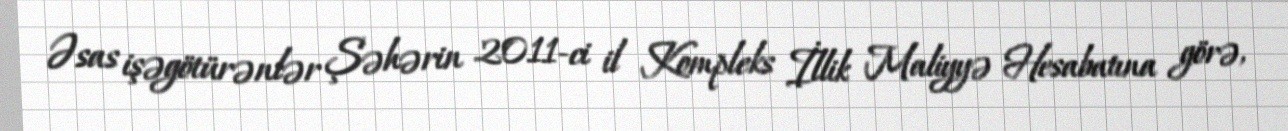
Əsas işəgötürənlər Şəhərin 2011-ci il Kompleks İllik Maliyyə Hesabatına görə,